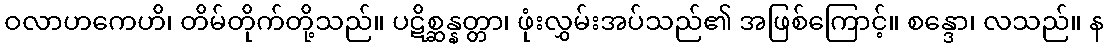
ဝလာဟကေဟိ၊ တိမ်တိုက်တို့သည်။ ပဋိစ္ဆန္နတ္တာ၊ ဖုံးလွှမ်းအပ်သည်၏ အဖြစ်ကြောင့်။ စန္ဒော၊ လသည်။ န